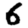
Digit: 6